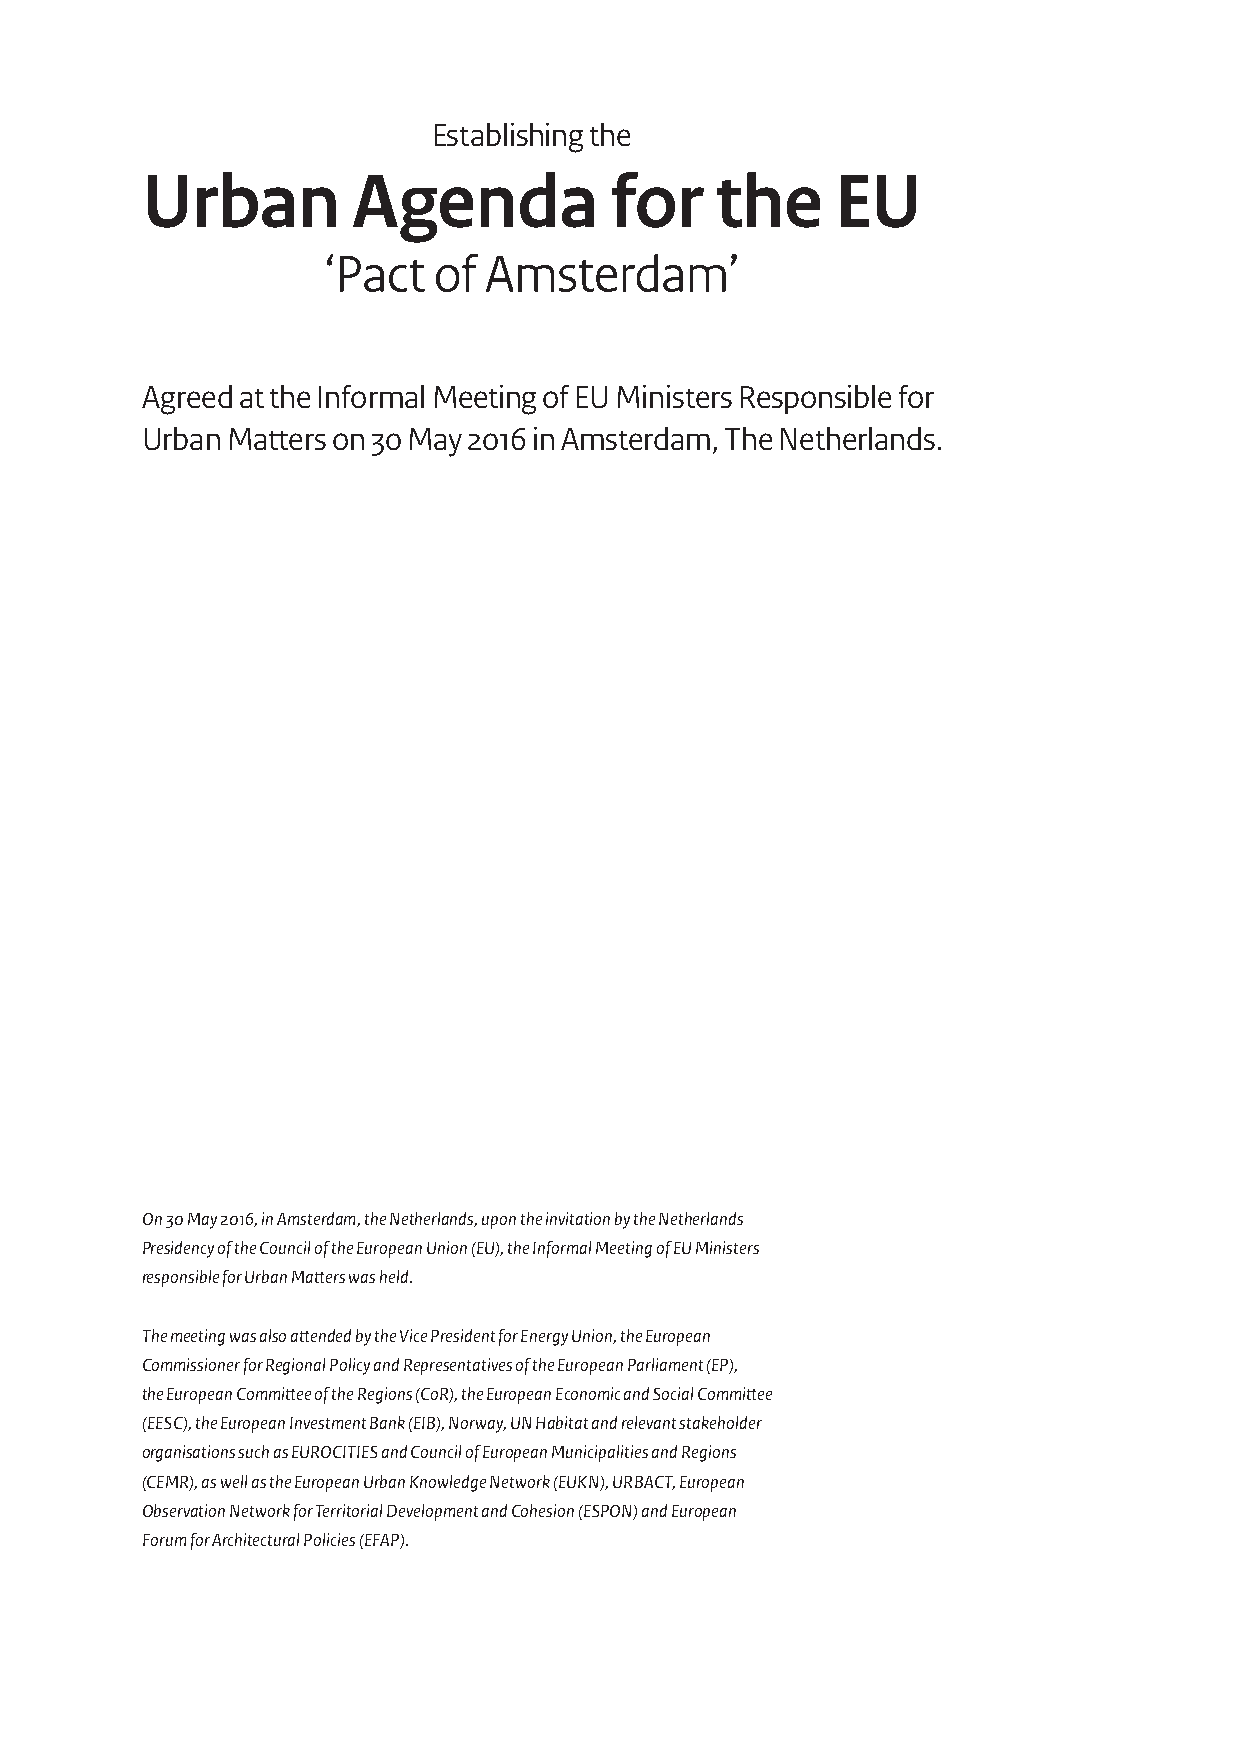
Establishing the
 Urban         Agenda           for    the     EU
 ‘Pact   of Amsterdam’
 Agreed at the Informal Meeting of EU Ministers Responsible for
 Urban Matters on 30 May 2016 in Amsterdam, The Netherlands.
 On 30 May 2016, in Amsterdam, the Netherlands, upon the invitation by the Netherlands
 Presidency of the Council of the European Union (EU), the Informal Meeting of EU Ministers
 responsible for Urban Matters was held.
 The meeting was also attended by the Vice President for Energy Union, the European
 Commissioner for Regional Policy and Representatives of the European Parliament (EP),
 the European Committee of the Regions (CoR), the European Economic and Social Committee
 (EESC), the European Investment Bank (EIB), Norway, UN Habitat and relevant stakeholder
 organisations such as EUROCITIES and Council of European Municipalities and Regions
 (CEMR), as well as the European Urban Knowledge Network (EUKN), URBACT, European
 Observation Network for Territorial Development and Cohesion (ESPON) and European
 Forum for Architectural Policies (EFAP).